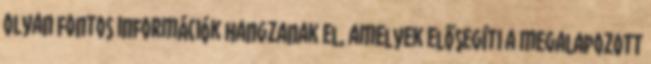
Olyan fontos információk hangzanak el, amelyek elősegíti a megalapozott